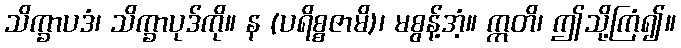
သိက္ခာပဒံ၊ သိက္ခာပုဒ်ကို။ န (ပရိစ္စဇာမိ)၊ မစွန့်အံ့။ ဣတိ၊ ဤသို့ကြံ၍။